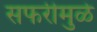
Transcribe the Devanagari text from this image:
सफरीमुळे